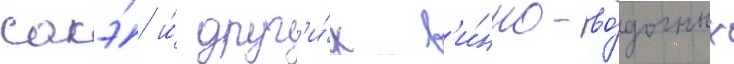
сакэ́ и́ друг'и́х в'и́нно-во́дочных